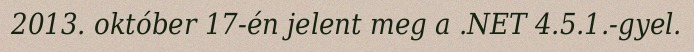
2013. október 17-én jelent meg a .NET 4.5.1.-gyel.